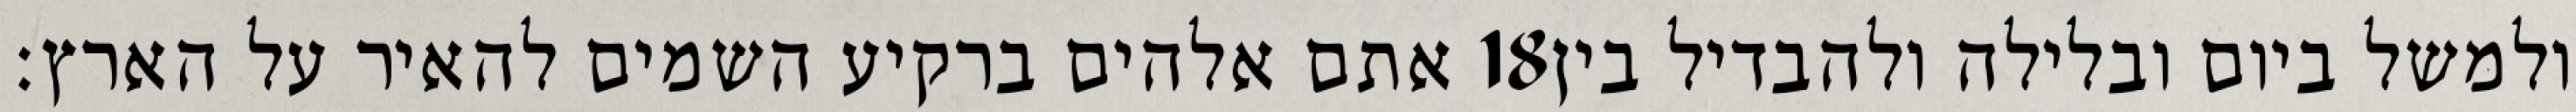
אתם אלהים ברקיע השמים להאיר על הארץ׃ ‎18‏ ולמשל ביום ובלילה ולהבדיל בין